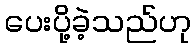
ပေးပို့ခဲ့သည်ဟု